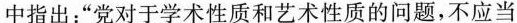
中指出：”党对于学术性质和艺术性质的问题，不应当